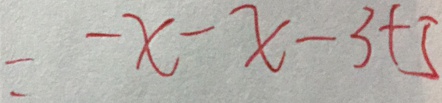
= - x - x - 3 + 5